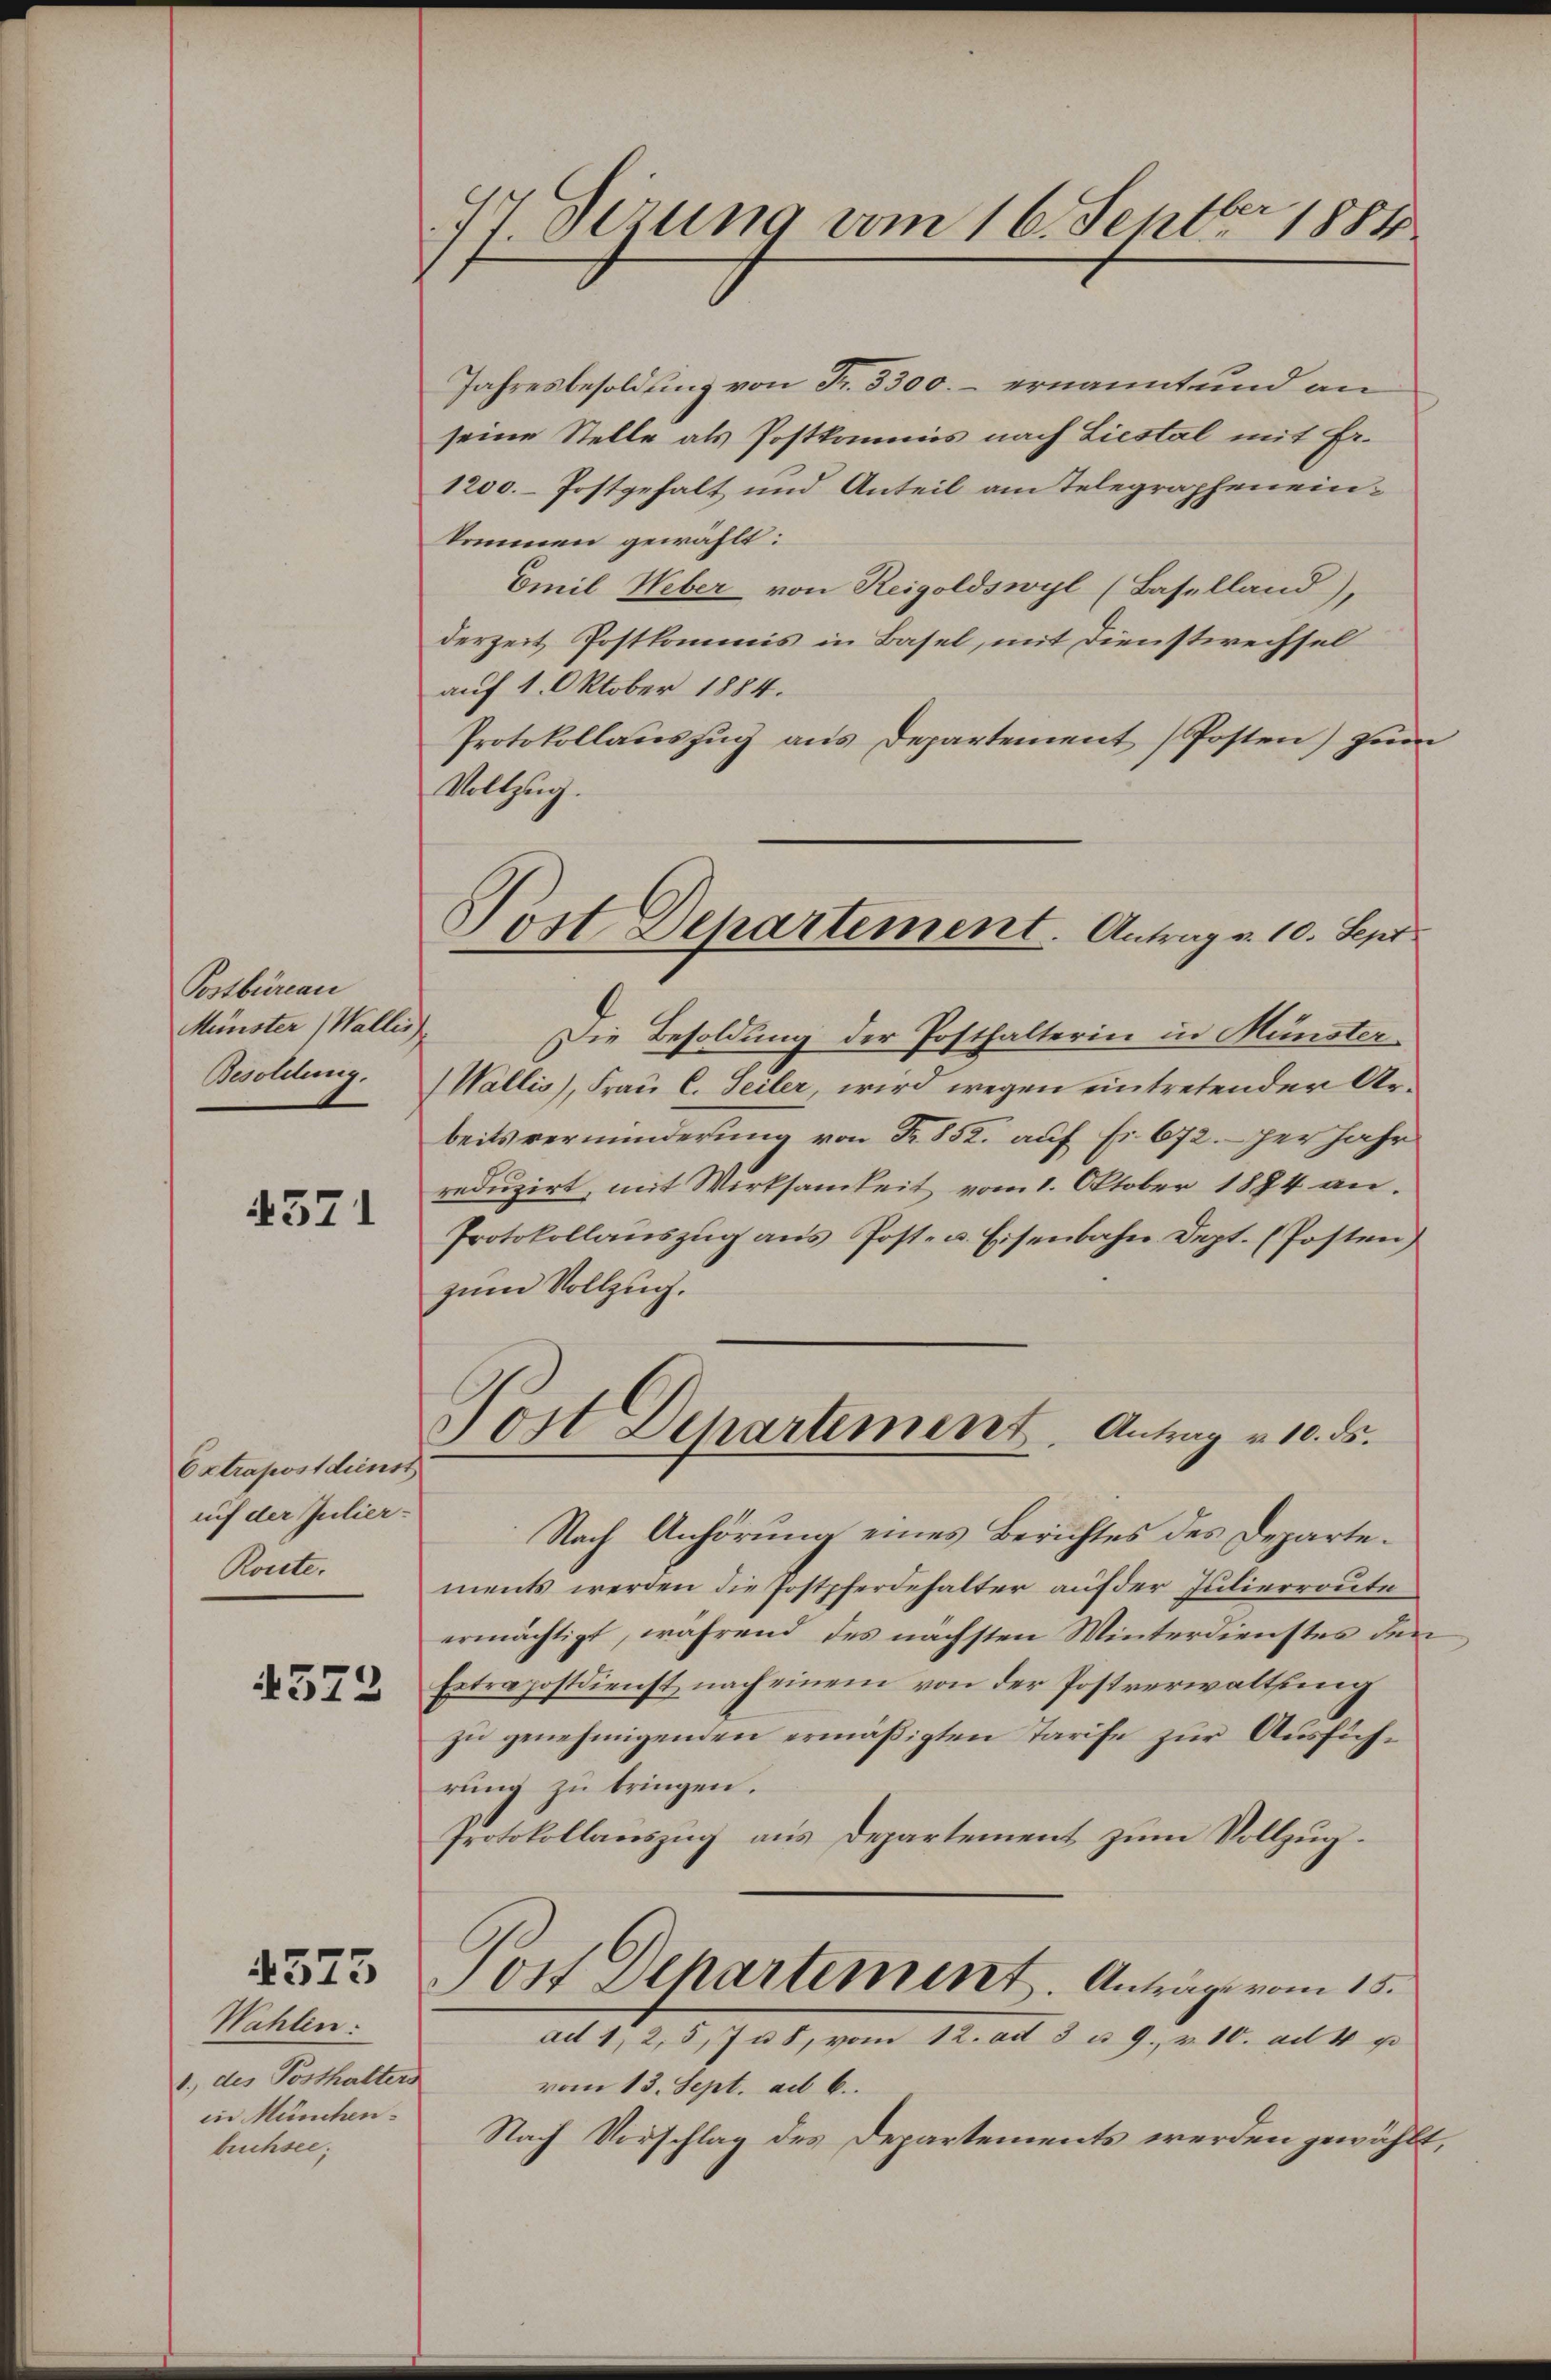
Postbüreau
Münster (Wallis
Besoldung.

4571

Extrapostdienst
auf der Julier-
Ronte.

4573

Wahlen:
1., des Posthalters
in München.
büchsee.

4575

94 derung vom 16. Septbr. 1884

Jahresbesoldung von Fr. 3300.- ernannt und an
seine Stelle als Postkommis nach Liestal mit Fr.
1200. Postgehalt und Anteil am Telegrapheneinkommen gewählt:
Emil Weber von Reigoldswyl (Baselland),
derzeit Postkommis in Basel, mit Dienstwechsel
auf 1. Oktober 1884.
Protokollaŭszŭg ans Departement Posten) zur
Vollzug.
Die Besoldung der Posthalterin in Münster
Wallis), Frau C. Seiler, wird wegen eintretender Arbeitsverminderung von Nr. 852. auf Fr. 672. per Jahr
reduzirt, mit Wirksamkeit vom 1. Oktober 1884 an.
Protokollanszŭg ans Post- u. Eisenbahn Dept. (Posten)
zum Vollzug.
Post Departement. Antrag v. 10. ds.
Nach Anhörung eines Berichtes des Departements werden die Postpferdehalter auf der Julierroute
ermächtigt, während des nächsten Winterdienstes der
Extrapostdienst nach einem von der Postverwaltung
zu genehmigenden ermäßigten Tarife zur Ausführung zu bringen.
Protokollauszug aus Departement zum Vollzug.
Post Departement. Anträge vom 15.
ad 1, 2, 5, 78, vom 12. ad 3 u. 9. v. 10. ad 4 p
vom 13. Sept. ad 6.
Nach Vorschlag des Departements werden gewäh¬

Post Departement. Antrag a. 10. Sept.